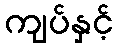
ကျပ်နှင့်